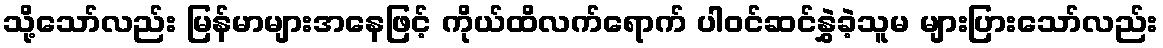
သို့သော်လည်း မြန်မာများအနေဖြင့် ကိုယ်ထိလက်ရောက် ပါဝင်ဆင်နွှဲခဲ့သူမ များပြားသော်လည်း